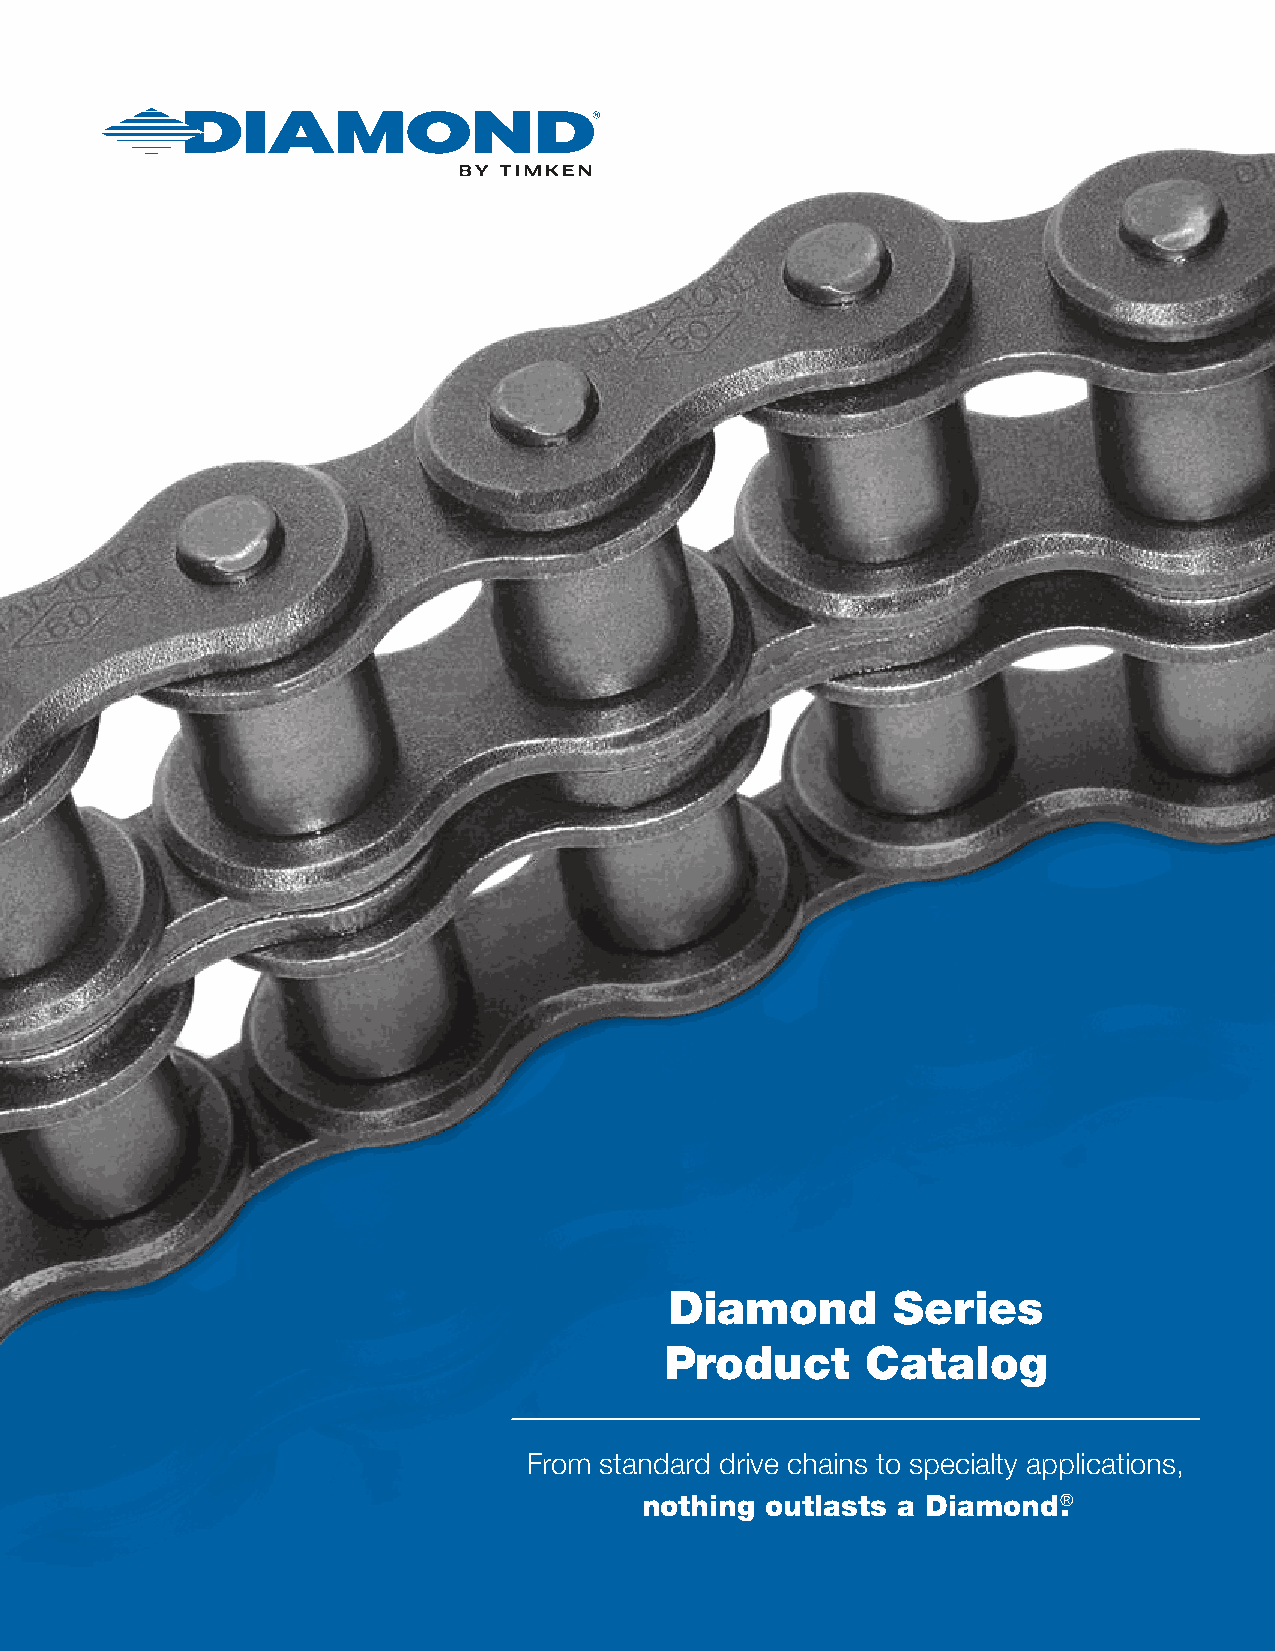
Diamond        Series
 Product      Catalog
 From standard drive chains to specialty applications,
 nothing  outlasts a Diamond®.